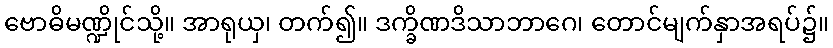
ဗောဓိမဏ္ဍိုင်သို့။ အာရုယှ၊ တက်၍။ ဒက္ခိဏဒိသာဘာဂေ၊ တောင်မျက်နှာအရပ်၌။